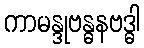
ကာမန္ဒုဗန္ဓနဗဒ္ဓါ